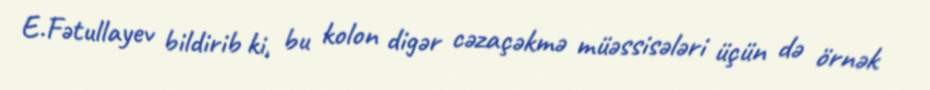
E.Fətullayev bildirib ki, bu kolon digər cəzaçəkmə müəssisələri üçün də örnək